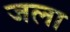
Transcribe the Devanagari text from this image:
जला